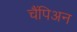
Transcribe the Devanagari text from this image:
चैंपिअन